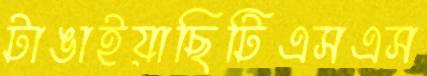
টাঙাইয়াছিটিএসএস